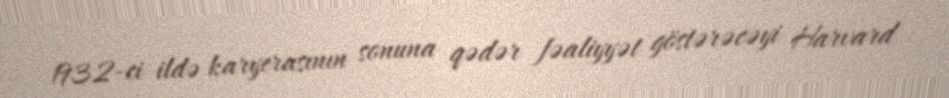
1932-ci ildə karyerasının sonuna qədər fəaliyyət göstərəcəyi Harvard